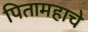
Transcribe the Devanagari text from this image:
पितामहाचे